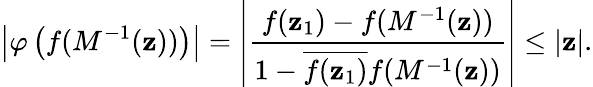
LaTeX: \left|\varphi\left(f(M^{-1}(\mathbf{z}))\right)\right|=\left|{\frac{{f(\mathbf{z}_{1})-f(M^{-1}(\mathbf{z}))}}{{1-{\overline{{{f(\mathbf{z}_{1})}}}}f(M^{-1}(\mathbf{z}))}}}\right|\leq|\mathbf{z}|.